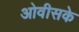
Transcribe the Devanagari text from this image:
ओवीसके